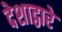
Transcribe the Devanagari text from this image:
देशाद्वारे